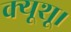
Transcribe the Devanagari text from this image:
क्यूशू।